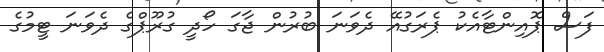
ފަސް ޕޮއިންޓާއެކު ޕެރަގުއޭ ދެވަނަ ބުރުން ޖާގަ ހޯދީ ގުރޫޕްގެ ދެވަނަ ޓީމުގެ